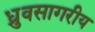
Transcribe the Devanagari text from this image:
ध्रुवसागरीय